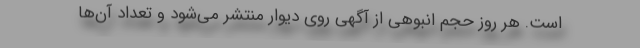
است. هر روز حجم انبوهی از آگهی روی دیوار منتشر می‌شود و تعداد آن‌ها